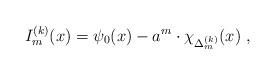
LaTeX: \begin{align*}I_m^{(k)}(x)=\psi_0(x)-a^m\cdot\chi_{\Delta_m^{(k)}}(x)\ ,\end{align*}